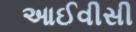
આઈવીસી